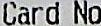
CARD NO